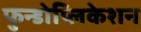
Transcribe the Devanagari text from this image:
फुन्डोप्लिकेशन